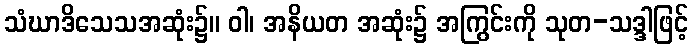
သံဃာဒိသေသအဆုံး၌။ ဝါ၊ အနိယတ အဆုံး၌ အကြွင်းကို သုတ-သဒ္ဒါဖြင့်